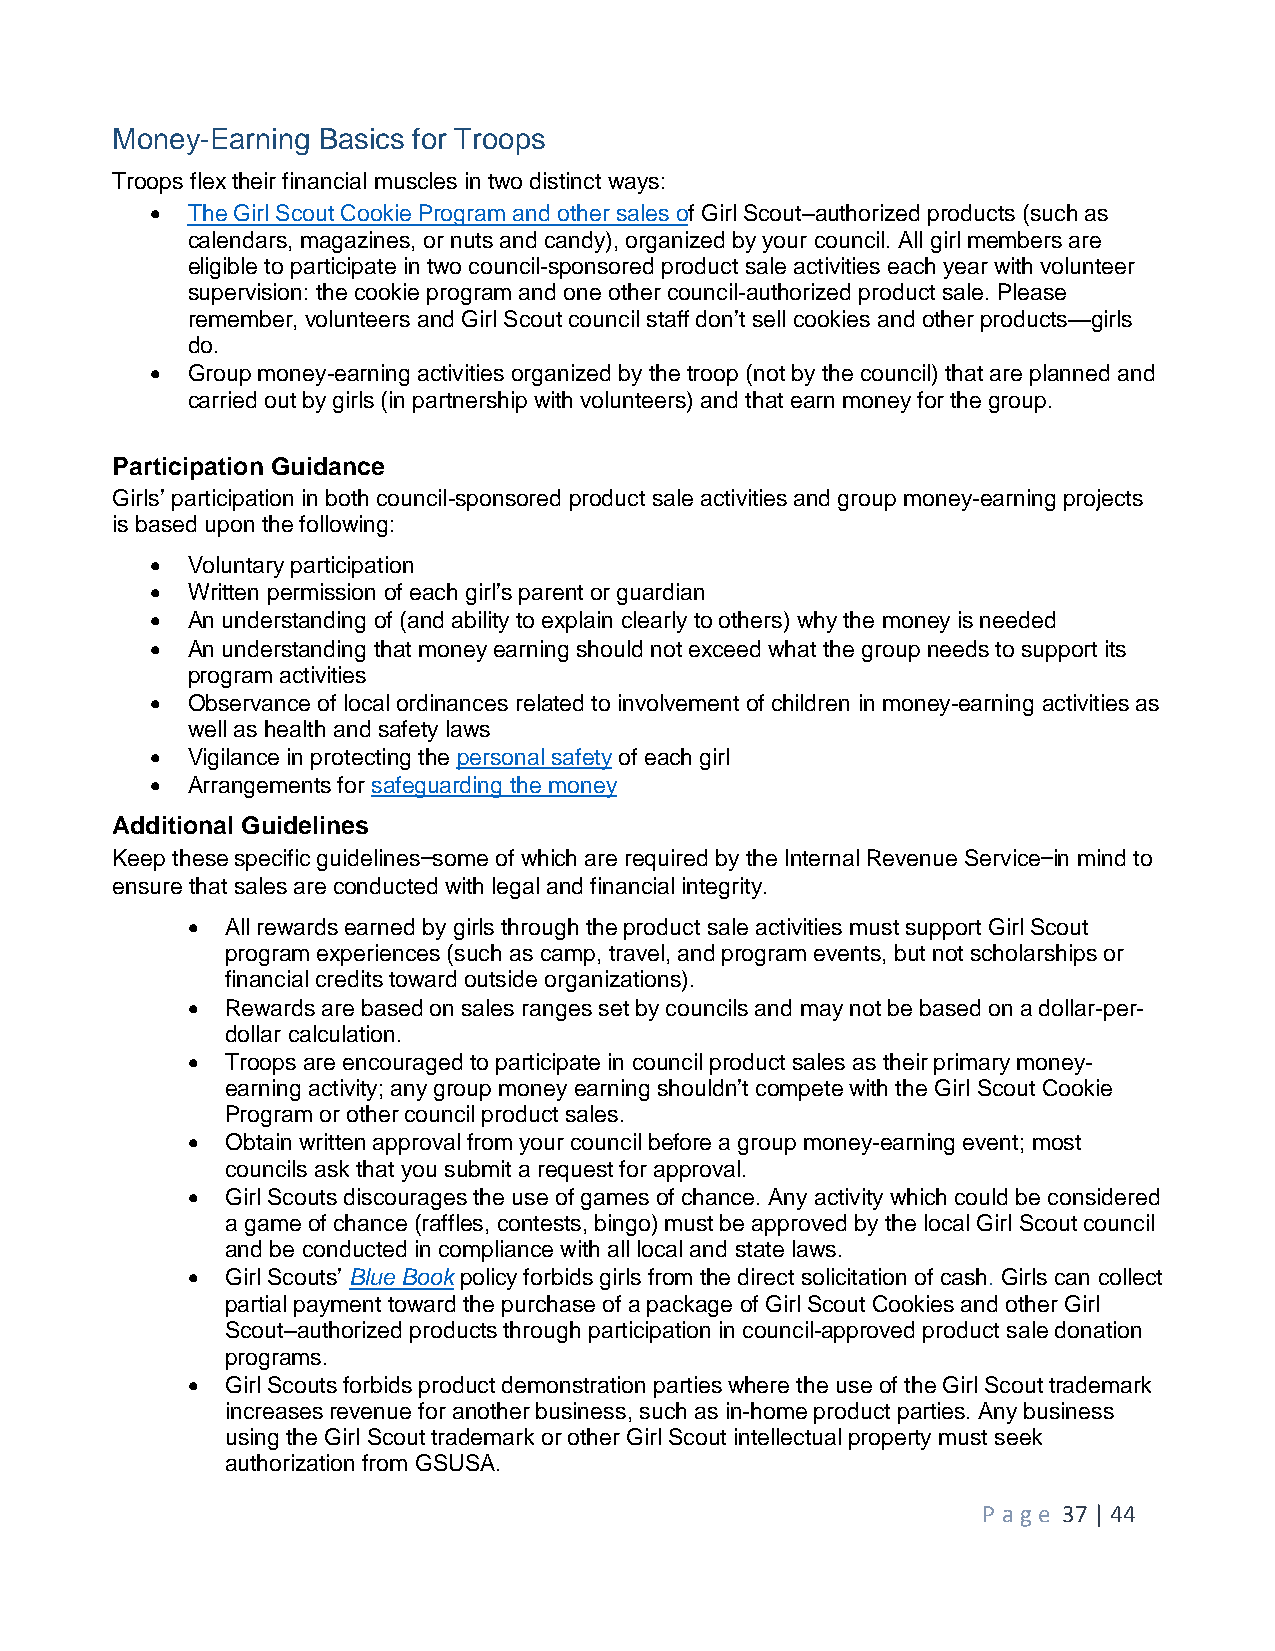
Money-Earning Basics for Troops
 Troops flex their financial muscles in two distinct ways:
  The Girl Scout Cookie Program and other sales of Girl Scout–authorized products (such as
 calendars, magazines, or nuts and candy), organized by your council. All girl members are
 eligible to participate in two council-sponsored product sale activities each year with volunteer
 supervision: the cookie program and one other council-authorized product sale. Please
 remember, volunteers and Girl Scout council staff don’t sell cookies and other products—girls
 do.
  Group money-earning activities organized by the troop (not by the council) that are planned and
 carried out by girls (in partnership with volunteers) and that earn money for the group.
 Participation Guidance
 Girls’ participation in both council-sponsored product sale activities and group money-earning projects
 is based upon the following:
  Voluntary participation
  Written permission of each girl’s parent or guardian
  An understanding of (and ability to explain clearly to others) why the money is needed
  An understanding that money earning should not exceed what the group needs to support its
 program activities
  Observance of local ordinances related to involvement of children in money-earning activities as
 well as health and safety laws
  Vigilance in protecting the personal safety of each girl
  Arrangements for safeguarding the money
 Additional Guidelines
 Keep these specific guidelines—some of which are required by the Internal Revenue Service—in mind to
 ensure that sales are conducted with legal and financial integrity.
   All rewards earned by girls through the product sale activities must support Girl Scout
 program experiences (such as camp, travel, and program events, but not scholarships or
 financial credits toward outside organizations).
   Rewards are based on sales ranges set by councils and may not be based on a dollar-per-
 dollar calculation.
   Troops are encouraged to participate in council product sales as their primary money-
 earning activity; any group money earning shouldn’t compete with the Girl Scout Cookie
 Program or other council product sales.
   Obtain written approval from your council before a group money-earning event; most
 councils ask that you submit a request for approval.
   Girl Scouts discourages the use of games of chance. Any activity which could be considered
 a game of chance (raffles, contests, bingo) must be approved by the local Girl Scout council
 and be conducted in compliance with all local and state laws.
   Girl Scouts’ Blue Book policy forbids girls from the direct solicitation of cash. Girls can collect
 partial payment toward the purchase of a package of Girl Scout Cookies and other Girl
 Scout–authorized products through participation in council-approved product sale donation
 programs.
   Girl Scouts forbids product demonstration parties where the use of the Girl Scout trademark
 increases revenue for another business, such as in-home product parties. Any business
 using the Girl Scout trademark or other Girl Scout intellectual property must seek
 authorization from GSUSA.
 P age 37 | 44